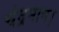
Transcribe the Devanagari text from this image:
चंद्रमान।